Annual report of the Madras Medical College
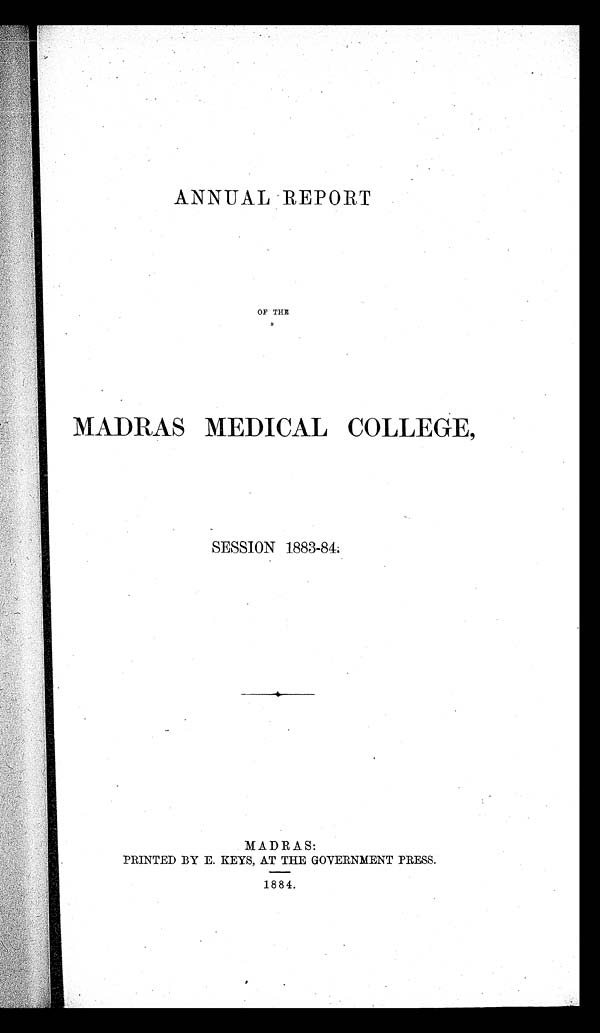
ANNUAL REPORT
OF THE
MADRAS MEDICAL COLLEGE,
SESSION 1883-84.
MADRAS:
PRINTED BY E. KEYS, AT THE GOVERNMENT PRESS.
1884.